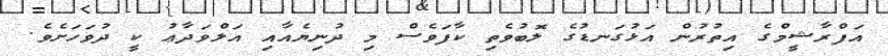
އަފްރާޝީމްގެ އިތުރުން އަޅުގަނޑުގެ ލޮބުވެތި ކާފަވެސް މި ދުނިޔެއާއި އަލްވަދާޢު ކީ ދުވަހަށެވެ.